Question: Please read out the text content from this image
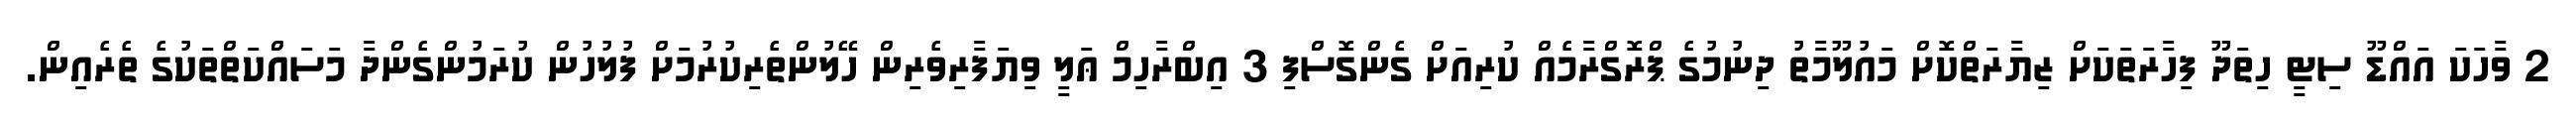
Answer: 2 ވާހަކަ އައްޑޫ ސިޓީ ހިތަދޫ ފިހާރަތަކަށް ޒިޔާރަތްކޮށް މައުލޫމާތު ދިނުމުގެ ޕްރޮގްރާމެއް ކުރިއަށް ގެންގޮސްފި 3 އިބްރާހިމް ޢަލީ ވިޔަފާރިވެރިން ހޭލުންތެރިކުރުމަށް ފުލުހުން ކުރަމުންގެންދާ މަސައްކަތްތަކުގެ ތެރެއިން.